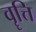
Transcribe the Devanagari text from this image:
वॄत्ति